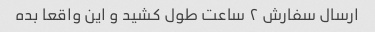
ارسال سفارش ۲ ساعت طول کشید و این واقعا بده